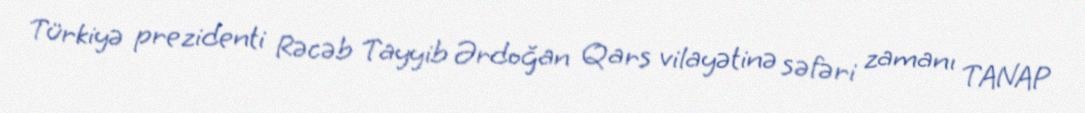
Türkiyə prezidenti Rəcəb Tayyib Ərdoğan Qars vilayətinə səfəri zamanı TANAP